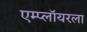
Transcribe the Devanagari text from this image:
एम्प्लॉयरला